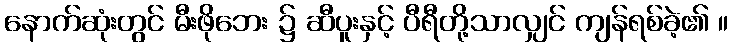
နောက်ဆုံးတွင် မီးဖိုဘေး ၌ ဆီပူးနှင့် ပီရီတို့သာလျှင် ကျန်ရစ်ခဲ့၏ ။